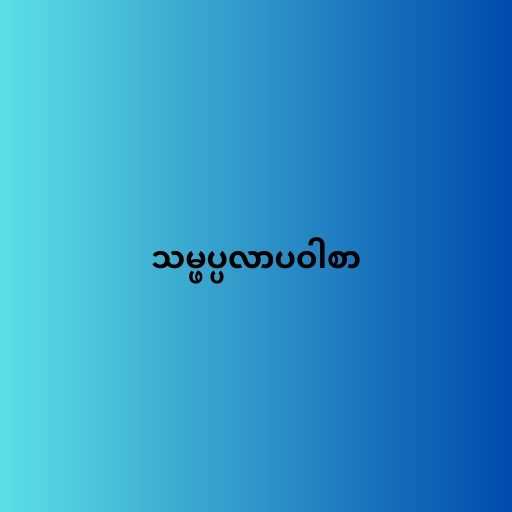
သမ္ဖပ္ပလာပဝါစာ